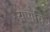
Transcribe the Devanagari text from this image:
यणचि